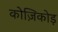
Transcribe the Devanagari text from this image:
कोज़िकोड़